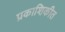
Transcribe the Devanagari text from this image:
प्रकाशिकीत